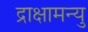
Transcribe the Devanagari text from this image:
द्राक्षामन्यु